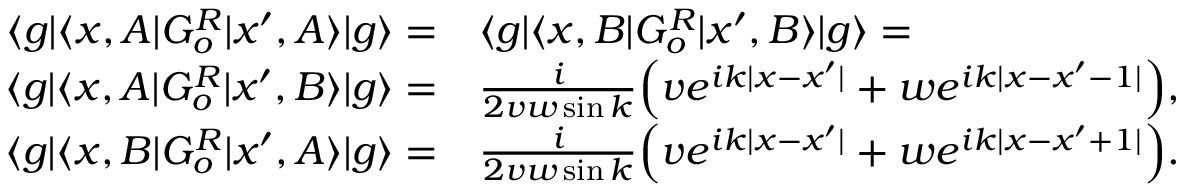
\begin{array} { r l } { \langle g | \langle x , A | G _ { o } ^ { R } | x ^ { \prime } , A \rangle | g \rangle = } & { { } \langle g | \langle x , B | G _ { o } ^ { R } | x ^ { \prime } , B \rangle | g \rangle = } \\ { \langle g | \langle x , A | G _ { o } ^ { R } | x ^ { \prime } , B \rangle | g \rangle = } & { { } \frac { i } { 2 v w \sin { k } } \Big ( v e ^ { i k | x - x ^ { \prime } | } + w e ^ { i k | x - x ^ { \prime } - 1 | } \Big ) , } \\ { \langle g | \langle x , B | G _ { o } ^ { R } | x ^ { \prime } , A \rangle | g \rangle = } & { { } \frac { i } { 2 v w \sin { k } } \Big ( v e ^ { i k | x - x ^ { \prime } | } + w e ^ { i k | x - x ^ { \prime } + 1 | } \Big ) . } \end{array}